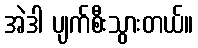
အဲဒါ ပျက်စီးသွားတယ်။